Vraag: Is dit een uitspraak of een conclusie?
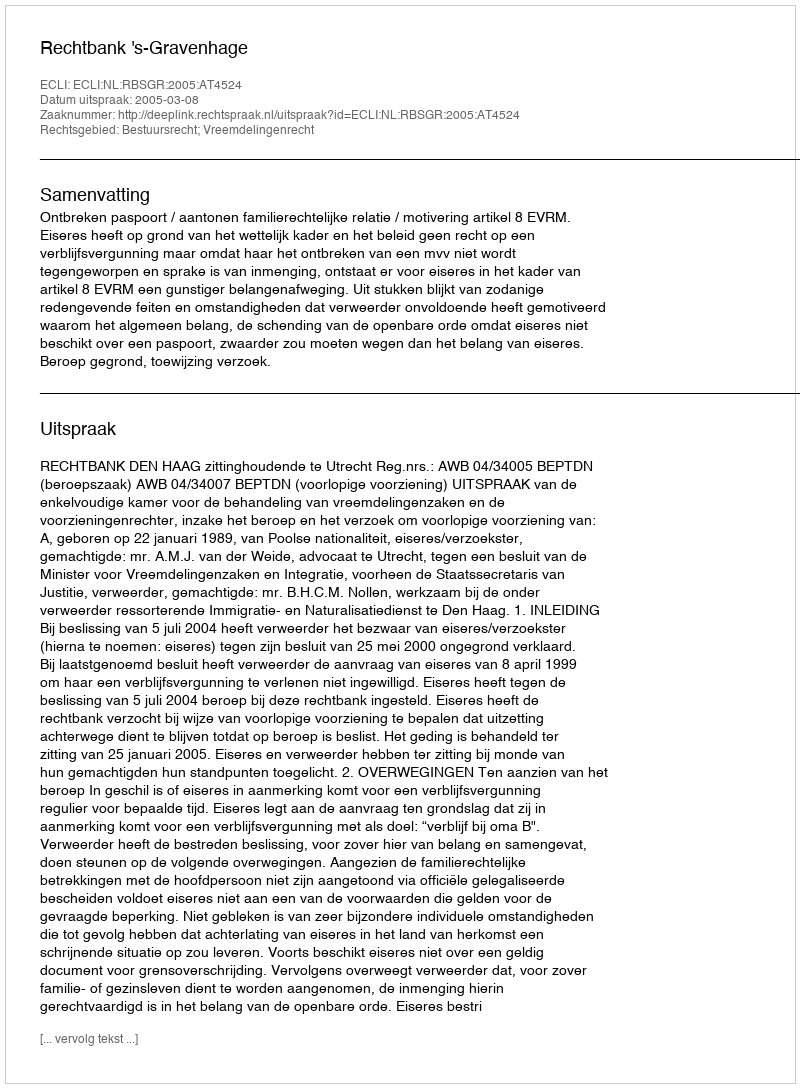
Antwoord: Uitspraak